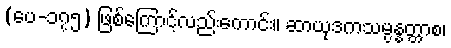
(ပေ-၁၇၅) ဖြစ်ကြောင့်လည်းကောင်း။ ဆာယုဒကသမ္ပန္နတ္တာစ၊